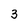
Character: 3